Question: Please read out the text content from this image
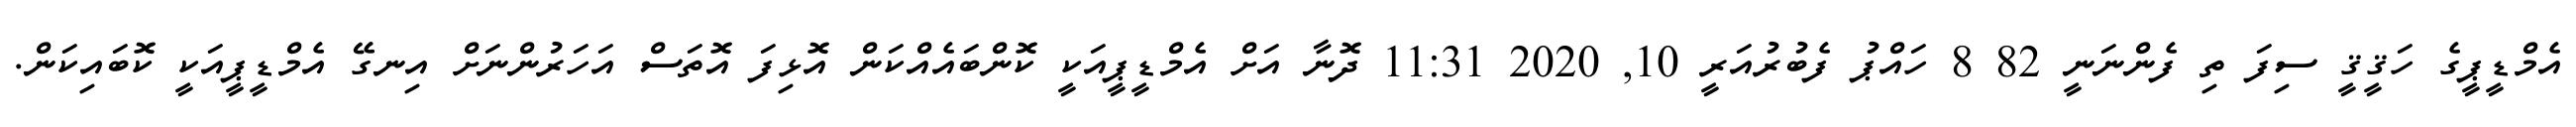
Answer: އެމްޑީޕީގެ ހަޤީޤީ ސިފަ ތި ފެންނަނީ 82 8 ހައްޕު ފެބުރުއަރީ 10, 2020 11:31 ދޮނާ އަށް އެމްޑީޕީއަކީ ކޮންބައެއްކަން އޮޅިފަ އޮތަސް އަހަރުންނަށް އިނގޭ އެމްޑީޕީއަކީ ކޮބައިކަން.